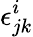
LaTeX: \epsilon_{jk}^{i}